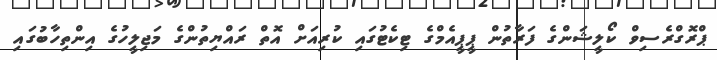
ޕްރޮގްރެސިވް ކޯލީޝަންގެ ފަރާތުން ޕީޕީއެމްގެ ޓިކެޓުގައި ކުރިއަށް އޮތް ރައްޔިތުންގެ މަޖިލީހުގެ އިންތިހާބުގައި